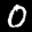
Label: 0